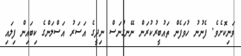
ވަނިކޮށެވެ. ފެނުނު ހުވަފެން ތައުބީރުކުރަން ނޭނގުނަސް ނިދީގެ އަސަރު އަސްލަންގެ ކިބައިން ފިލައި